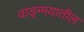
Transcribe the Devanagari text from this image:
वाङ्ग्मयातील